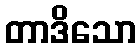
တာဒိသော